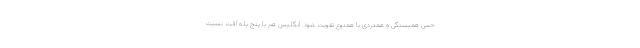
حس همبستگی و همدردی با همنوع تقویت شود. انگلیس هم با پنج پله افت نسبت